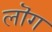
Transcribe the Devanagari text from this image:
लॊग